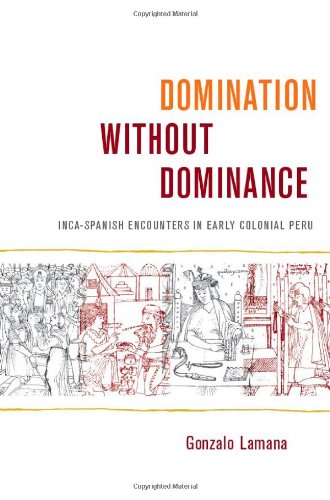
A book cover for Domination without Dominance: Inca-Spanish Encounters in Early Colonial Peru (Latin America Otherwise); Gonzalo Lamana; History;